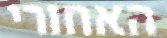
האחורי